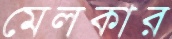
মেলকার